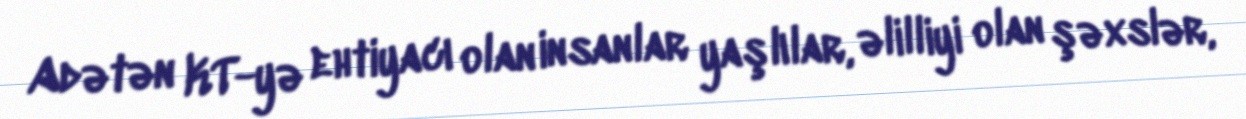
Adətən KT-yə ehtiyacı olan insanlar yaşlılar, əlilliyi olan şəxslər,